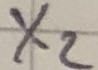
Text: X2